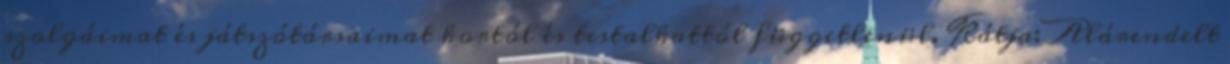
szolgáimat és játszótársaimat kortól és testalkattól függetlenül. Kátja: Alárendelt